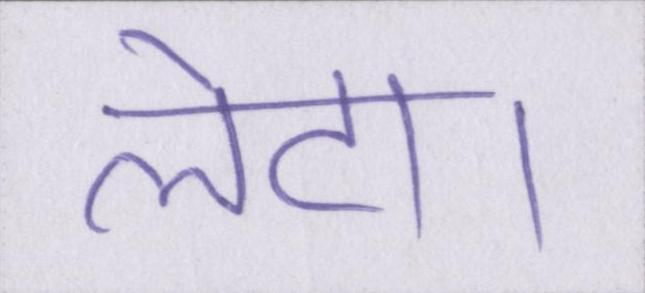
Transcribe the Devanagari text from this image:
लेटा।